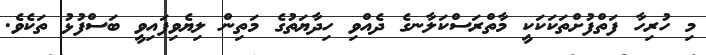
މި ހުރިހާ ފަތްފުށްތަކަކަކީ މާތްރަސްކަލާނގެ ދެއްވި ހިދާޔަތުގެ މަތިން ލިޔެވިފައިވީ ބަސްފުޅު ތަކެވެ.